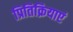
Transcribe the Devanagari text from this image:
प्रितिक्रियाएं